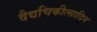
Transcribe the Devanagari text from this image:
वैद्यचिकीत्सादिन